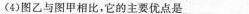
(4)图乙与图甲相比，它的主要优点是___.